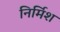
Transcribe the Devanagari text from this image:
निर्मिश